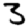
Digit: 3